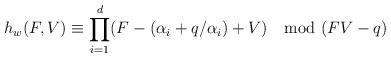
LaTeX: \begin{align*}h_w(F,V) \equiv \prod_{i = 1}^d (F - (\alpha_i + q/\alpha_i) + V) \mod (FV - q)\end{align*}